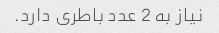
نیاز به 2 عدد باطری دارد.